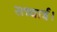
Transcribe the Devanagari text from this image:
सच्चाई।